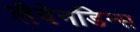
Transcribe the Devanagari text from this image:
लैवेनडिन्स